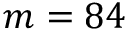
m = 8 4